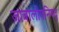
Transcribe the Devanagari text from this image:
जाबालोपनिषद्